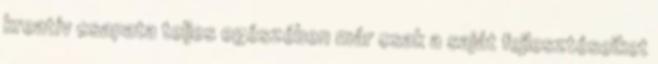
kreatív csapata teljes egészében már csak a saját fejlesztéseiket